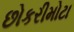
છોકરીમોટા